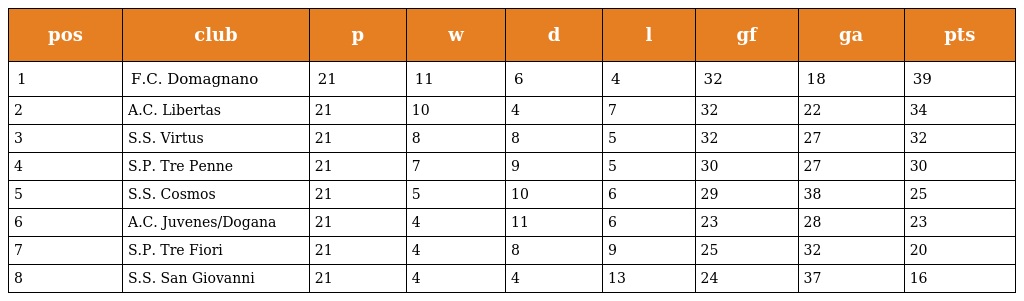
| pos | club | p | w | d | l | gf | ga | pts |
 | --- | --- | --- | --- | --- | --- | --- | --- | --- |
 | 1 | F.C. Domagnano | 21 | 11 | 6 | 4 | 32 | 18 | 39 |
 | 2 | A.C. Libertas | 21 | 10 | 4 | 7 | 32 | 22 | 34 |
 | 3 | S.S. Virtus | 21 | 8 | 8 | 5 | 32 | 27 | 32 |
 | 4 | S.P. Tre Penne | 21 | 7 | 9 | 5 | 30 | 27 | 30 |
 | 5 | S.S. Cosmos | 21 | 5 | 10 | 6 | 29 | 38 | 25 |
 | 6 | A.C. Juvenes/Dogana | 21 | 4 | 11 | 6 | 23 | 28 | 23 |
 | 7 | S.P. Tre Fiori | 21 | 4 | 8 | 9 | 25 | 32 | 20 |
 | 8 | S.S. San Giovanni | 21 | 4 | 4 | 13 | 24 | 37 | 16 |